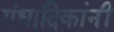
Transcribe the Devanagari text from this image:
गंधादिकांनीं